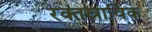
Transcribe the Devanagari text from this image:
रक्तस्राविक